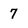
Character: 7